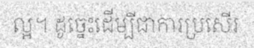
ល្អ។ ដូច្នេះដើម្បីជាការប្រសើរ